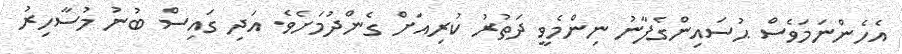
އެހެންނަމަވެސް ޙުސައިންގެފާނު ނިންމެވީ ދަތުރު ކުރިއަށް ގެންދުމަށެވެ. އަދި ގައިސް ބުނު މުސާހިރު